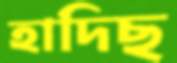
হাদিছ